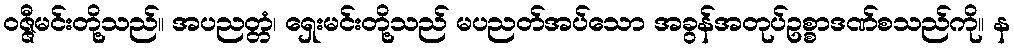
ဝဇ္ဇီမင်းတို့သည်။ အပညတ္တံ၊ ရှေးမင်းတို့သည် မပညတ်အပ်သော အခွန်အတုပ်ဥစ္စာဒဏ်စသည်ကို။ န